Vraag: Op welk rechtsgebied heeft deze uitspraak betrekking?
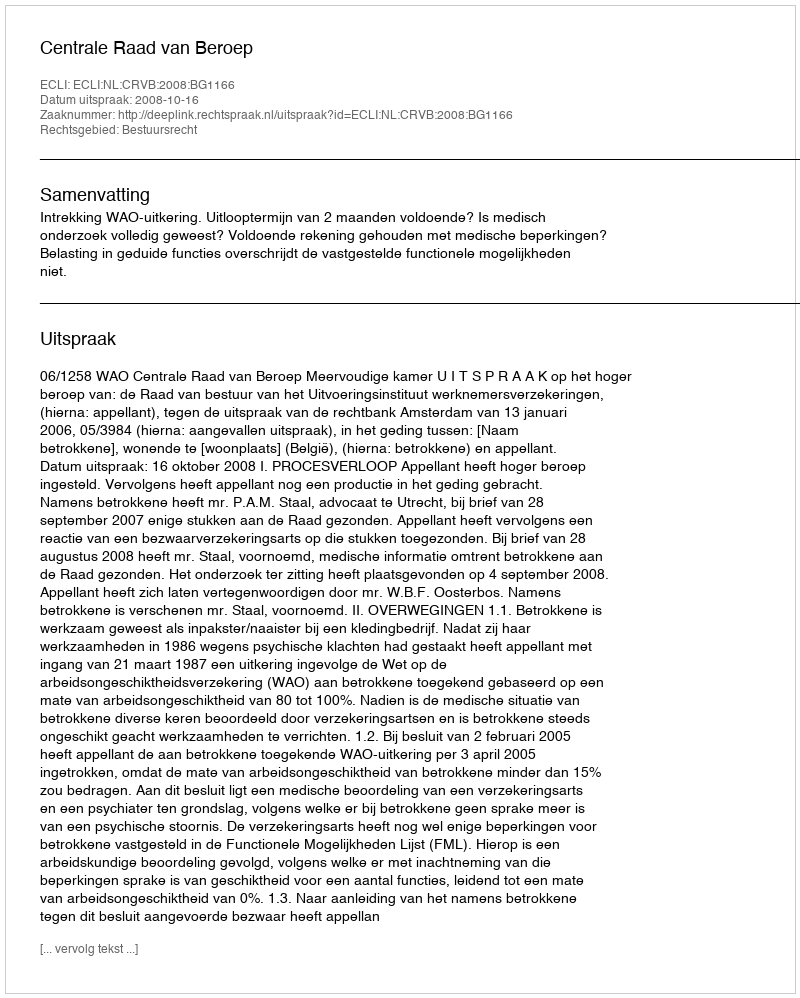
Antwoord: Bestuursrecht